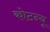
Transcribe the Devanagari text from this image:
कोटन्यू